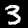
Label: 3